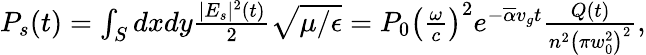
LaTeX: \begin{array}{r}{P_{s}(t)=\int_{S}dxdy\frac{|E_{s}|^{2}(t)}{2}\sqrt{\mu/\epsilon}=P_{0}\left(\frac{\omega}{c}\right)^{2}e^{-\overline{{\alpha}}v_{g}t}\frac{Q(t)}{n^{2}\left(\pi w_{0}^{2}\right)^{2}},}\end{array}